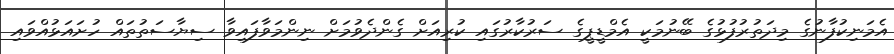
އެމަނިކުފާނުގެ މިދަތުރުފުޅުގެ ބޭނުމަކީ އެމްޑީޕީގެ ސަރުކާރުގައި ކުރިއަށް ގެންދެވުމަށް ނިންމަވާފައިވާ ސިޔާސަތުތައް ހުށައަޅުއްވައި